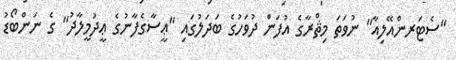
"ސެޓަރންއޭލިއާ" ނުވަތަ މިޘްރާގެ އުފަން ދުވަހުގެ ބަދަލުގައި "ޢީސާގެފާނުގެ ޢީދުމީލާދު" ގެ ނަންބޯޑު